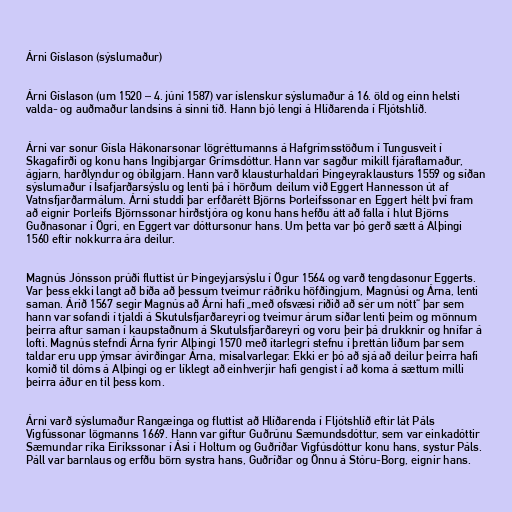
Árni Gíslason (sýslumaður)

Árni Gíslason (um 1520 – 4. júní 1587) var íslenskur sýslumaður á 16. öld og einn helsti
valda- og auðmaður landsins á sinni tíð. Hann bjó lengi á Hlíðarenda í Fljótshlíð.

Árni var sonur Gísla Hákonarsonar lögréttumanns á Hafgrímsstöðum í Tungusveit í
Skagafirði og konu hans Ingibjargar Grímsdóttur. Hann var sagður mikill fjáraflamaður,
ágjarn, harðlyndur og óbilgjarn. Hann varð klausturhaldari Þingeyraklausturs 1559 og síðan
sýslumaður í Ísafjarðarsýslu og lenti þá í hörðum deilum við Eggert Hannesson út af
Vatnsfjarðarmálum. Árni studdi þar erfðarétt Björns Þorleifssonar en Eggert hélt því fram
að eignir Þorleifs Björnssonar hirðstjóra og konu hans hefðu átt að falla í hlut Björns
Guðnasonar í Ögri, en Eggert var dóttursonur hans. Um þetta var þó gerð sætt á Alþingi
1560 eftir nokkurra ára deilur.

Magnús Jónsson prúði fluttist úr Þingeyjarsýslu í Ögur 1564 og varð tengdasonur Eggerts.
Var þess ekki langt að bíða að þessum tveimur ráðríku höfðingjum, Magnúsi og Árna, lenti
saman. Árið 1567 segir Magnús að Árni hafi „með ofsvæsi riðið að sér um nótt“ þar sem
hann var sofandi í tjaldi á Skutulsfjarðareyri og tveimur árum síðar lenti þeim og mönnum
þeirra aftur saman í kaupstaðnum á Skutulsfjarðareyri og voru þeir þá drukknir og hnífar á
lofti. Magnús stefndi Árna fyrir Alþingi 1570 með ítarlegri stefnu í þrettán liðum þar sem
taldar eru upp ýmsar ávirðingar Árna, misalvarlegar. Ekki er þó að sjá að deilur þeirra hafi
komið til dóms á Alþingi og er líklegt að einhverjir hafi gengist í að koma á sættum milli
þeirra áður en til þess kom.

Árni varð sýslumaður Rangæinga og fluttist að Hlíðarenda í Fljótshlíð eftir lát Páls
Vigfússonar lögmanns 1669. Hann var giftur Guðrúnu Sæmundsdóttur, sem var einkadóttir
Sæmundar ríka Eiríkssonar í Ási í Holtum og Guðríðar Vigfúsdóttur konu hans, systur Páls.
Páll var barnlaus og erfðu börn systra hans, Guðríðar og Önnu á Stóru-Borg, eignir hans.